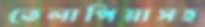
তেলাপিয়াসহ